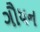
ગૌધન